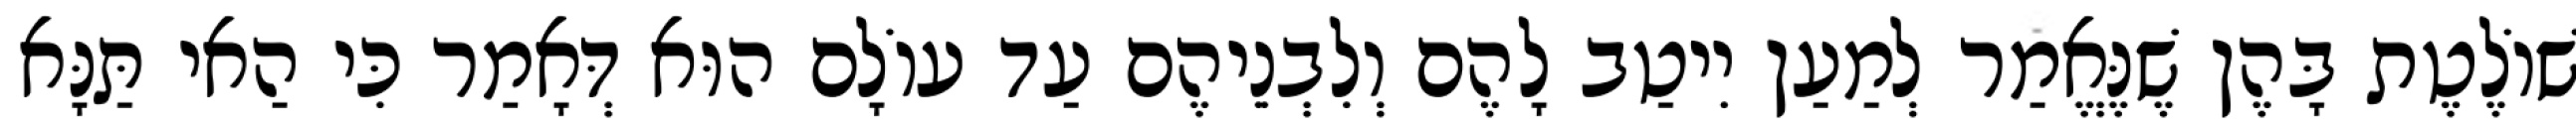
שׁוֹלֶטֶת בָּהֶן שֶׁנֶּאֱמַר לְמַעַן יִיטַב לָהֶם וְלִבְנֵיהֶם עַד עוֹלָם הוּא דְּאָמַר כִּי הַאי תַּנָּא